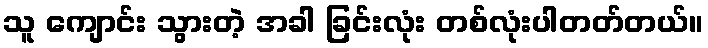
သူ ကျောင်း သွားတဲ့ အခါ ခြင်းလုံး တစ်လုံးပါတတ်တယ်။